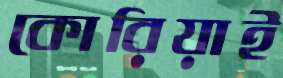
কোরিয়াই